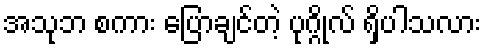
အသုဘ စကား ပြောချင်တဲ့ ပုဂ္ဂိုလ် ရှိပါသလား